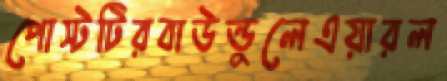
পোস্টটিরবাউন্ডুলেএয়ারল